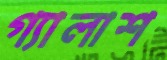
গ্যালাশ